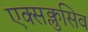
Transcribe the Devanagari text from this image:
एक्सक्लुसिव